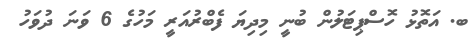
ބ. އަތޮޅު ހޮސްޕިޓަލުން ބުނީ މިދިޔަ ފެބްރުއަރީ މަހުގެ 6 ވަނަ ދުވަހު